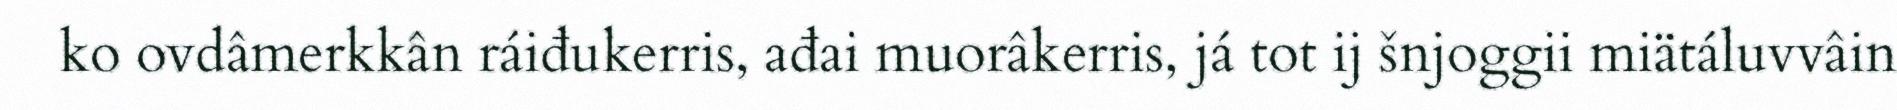
ko ovdâmerkkân ráiđukerris, ađai muorâkerris, já tot ij šnjoggii miätáluvvâin